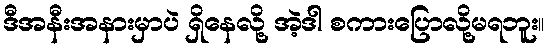
ဒီအနီးအနားမှာပဲ ရှိနေလို့ အဲ့ဒါ စကားပြောလို့မရဘူး။